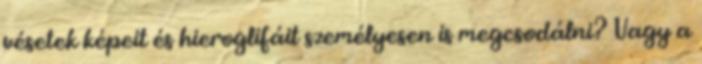
vésetek képeit és hieroglifáit személyesen is megcsodálni? Vagy a